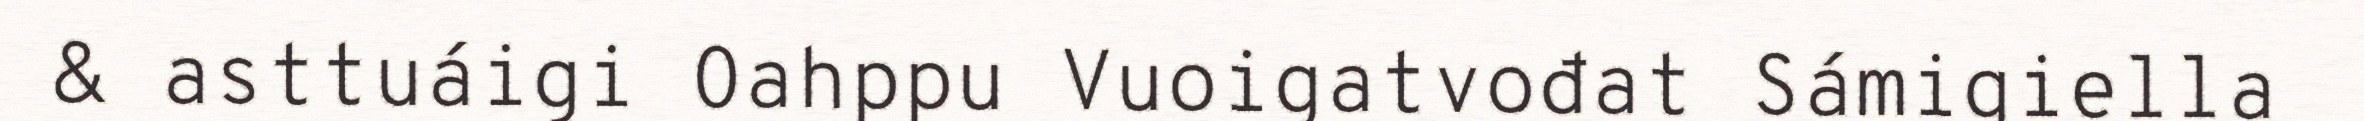
& asttuáigi Oahppu Vuoigatvođat Sámigiella